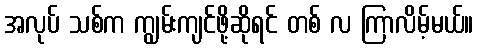
အလုပ် သစ်က ကျွမ်းကျင်ဖို့ဆိုရင် တစ် လ ကြာလိမ့်မယ်။